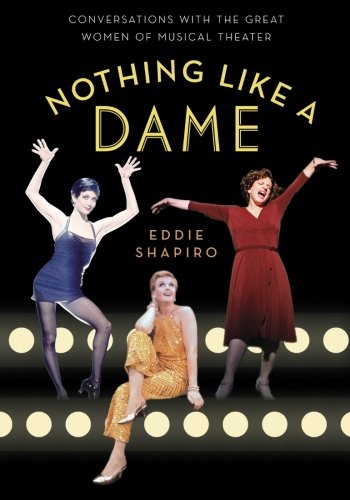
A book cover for Nothing Like a Dame: Conversations with the Great Women of Musical Theater; Biographies & Memoirs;